Vaccine operations Central Provinces & Berar 1922-1929 - 1922-1929
Year: 1922
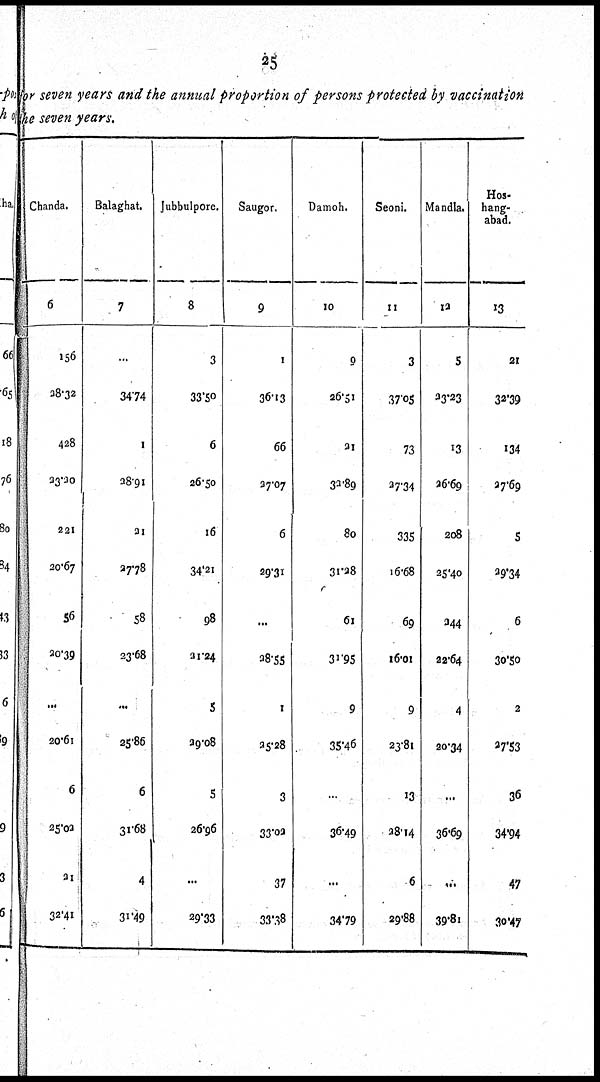
25
for seven years and the annual proportion of persons protected by vaccination
the seven years.
Chanda.
6
156
28.32
428
23.00
221
20.67
56
20.39
...
20.61
6
25.02
21
32.41
Balaghat.
7
...
34.74
1
28.91
21
27.78
58
23.68
...
25.86
6
31.68
4
31.49
Jubbulpore.
8
3
33.50
6
26.50
16
34.21
98
21.24
5
29.08
5
26.96
...
29.33
Saugor.
9
1
36.13
66
27.07
6
29.31
...
28.55
1
25.28
3
33.02
37
33.38
Damoh.
10
9
26.51
21
32.89
80
31.28
61
31.95
9
35.46
...
36.49
...
34.79
Seoni.
11
3
37.05
73
27.34
335
16.68
69
16.01
9
23.81
13
28.14
6
29.88
Mandla.
12
5
23.23
13
26.69
208
25.40
344
22.64
4
20.34
...
36.69
...
39.81
Hos-
hang-
abad.
13
21
32.39
134
27.69
5
29.34
6
30.50
2
27.53
36
34.94
47
30.47